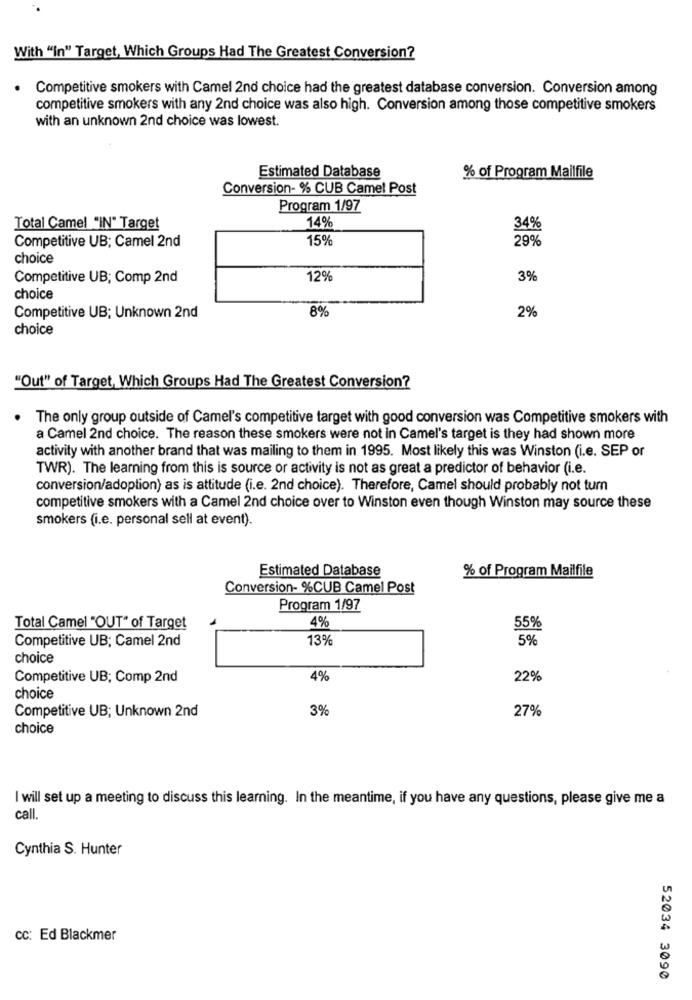
With "In" Target, Which Groups Had The Greatest Conversion?
Competitive smokers with Camel 2nd choice had the greatest database conversion. Conversion among
competitive smokers with any 2nd choice was also high. Conversion among those competitive smokers
with an unknown 2nd choice was lowest.
Estimated Database
% of Program Mailfile
Conversion- % CUB Camel Post
Program 1/97
Total Camel "IN" Target
14%
34%
Competitive UB; Camel 2nd
15%
29%
choice
Competitive UB; Comp 2nd
12%
3%
choice
8%
2%
Competitive UB; Unknown 2nd
choice
"Out" of Target, Which Groups Had The Greatest Conversion?
The only group outside of Camel's competitive target with good conversion was Competitive smokers with
a Camel 2nd choice. The reason these smokers were not in Camel's target is they had shown more
activity with another brand that was mailing to them in 1995. Most likely this was Winston (i.e. SEP or
TWR). The learning from this is source or activity is not as great a predictor of behavior (i.e.
conversion/adoption) as is attitude (i.e. 2nd choice). Therefore, Camel should probably not turn
competitive smokers with a Camel 2nd choice over to Winston even though Winston may source these
smokers (i.e. personal sell at event).
Estimated Database
% of Program Mailfile
Conversion- %CUB Camel Post
Program 1/97
Total Camel "OUT" of Target
4%
55%
Competitive UB; Camel 2nd
13%
5%
choice
Competitive UB; Comp 2nd
4%
22%
choice
Competitive UB; Unknown 2nd
3%
27%
choice
I will set up a meeting to discuss this learning. In the meantime, if you have any questions, please give me a
call.
Cynthia S. Hunter
cc: Ed Blackmer
52034 3090